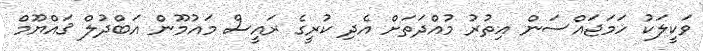
ވަކީލަކު ހަމަޖައްސަން އިތުރު މުއްދަތަށް އެދި ކުރީގެ ރައީސް މައުމޫން އަބްދުލް ޤައްޔޫމް